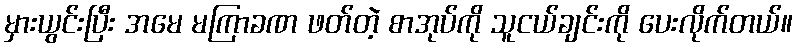
မှားယွင်းပြီး အမေ မကြာခဏ ဖတ်တဲ့ စာအုပ်ကို သူငယ်ချင်းကို ပေးလိုက်တယ်။